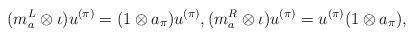
LaTeX: \begin{align*}(m_{a}^L\otimes \iota)u^{(\pi)}=(1\otimes a_\pi)u^{(\pi)},(m_{a}^R\otimes \iota)u^{(\pi)}=u^{(\pi)}(1\otimes a_\pi),\end{align*}